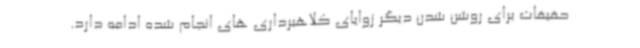
حقیقات برای روشن شدن دیگر زوایای کلاهبرداری های انجام شده ادامه دارد.